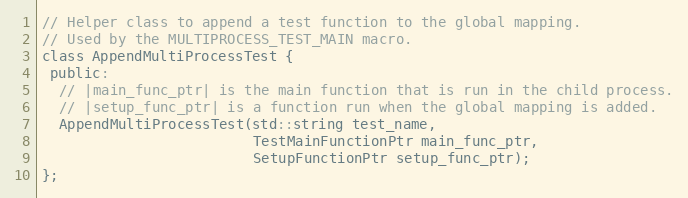
Language: C
// Helper class to append a test function to the global mapping.
// Used by the MULTIPROCESS_TEST_MAIN macro.
class AppendMultiProcessTest {
 public:
  // |main_func_ptr| is the main function that is run in the child process.
  // |setup_func_ptr| is a function run when the global mapping is added.
  AppendMultiProcessTest(std::string test_name,
                         TestMainFunctionPtr main_func_ptr,
                         SetupFunctionPtr setup_func_ptr);
};